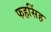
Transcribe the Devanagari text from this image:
फहसिंह